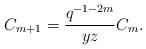
LaTeX: \begin{align*}C_{m+1}=\frac{q^{-1-2m}}{yz}C_{m}.\end{align*}